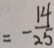
= - \frac { 1 4 } { 2 5 }